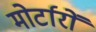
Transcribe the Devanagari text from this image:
मोर्टारों